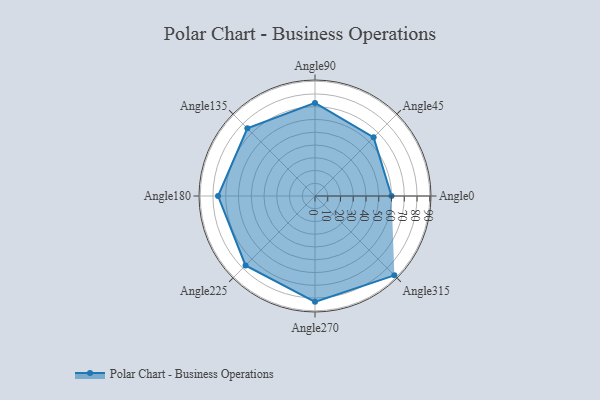
{"axis": {"x": "Angle", "y": "Radius"}, "legend": [""], "data": [{"x": "Angle0", "y": 60.0, "type": ""}, {"x": "Angle45", "y": 65.0, "type": ""}, {"x": "Angle90", "y": 73.0, "type": ""}, {"x": "Angle135", "y": 75.0, "type": ""}, {"x": "Angle180", "y": 76.0, "type": ""}, {"x": "Angle225", "y": 77.0, "type": ""}, {"x": "Angle270", "y": 83.0, "type": ""}, {"x": "Angle315", "y": 88.0, "type": ""}]}